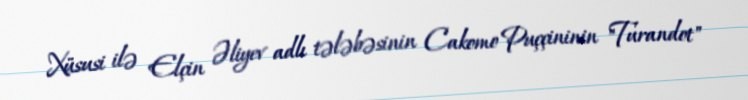
Xüsusi ilə Elçin Əliyev adlı tələbəsinin Cakomo Puççininin "Turandot"